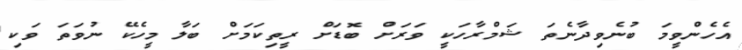
އެހެންވީމަ ބުނެވިދާނެތަ ޝަމްރާހަކީ ވަރަށް ބޮޑަށް ރީތިކަމަށް ބަލާ މީހެކޭ ނުވަތަ ވަކި